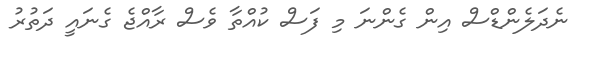
ނެދަލެންޑްސް އިން ގެންނަ މި ފަސް ކުއްތާ ވެސް ރާއްޖެ ގެނައީ ދަތުރު